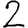
Digit: 2